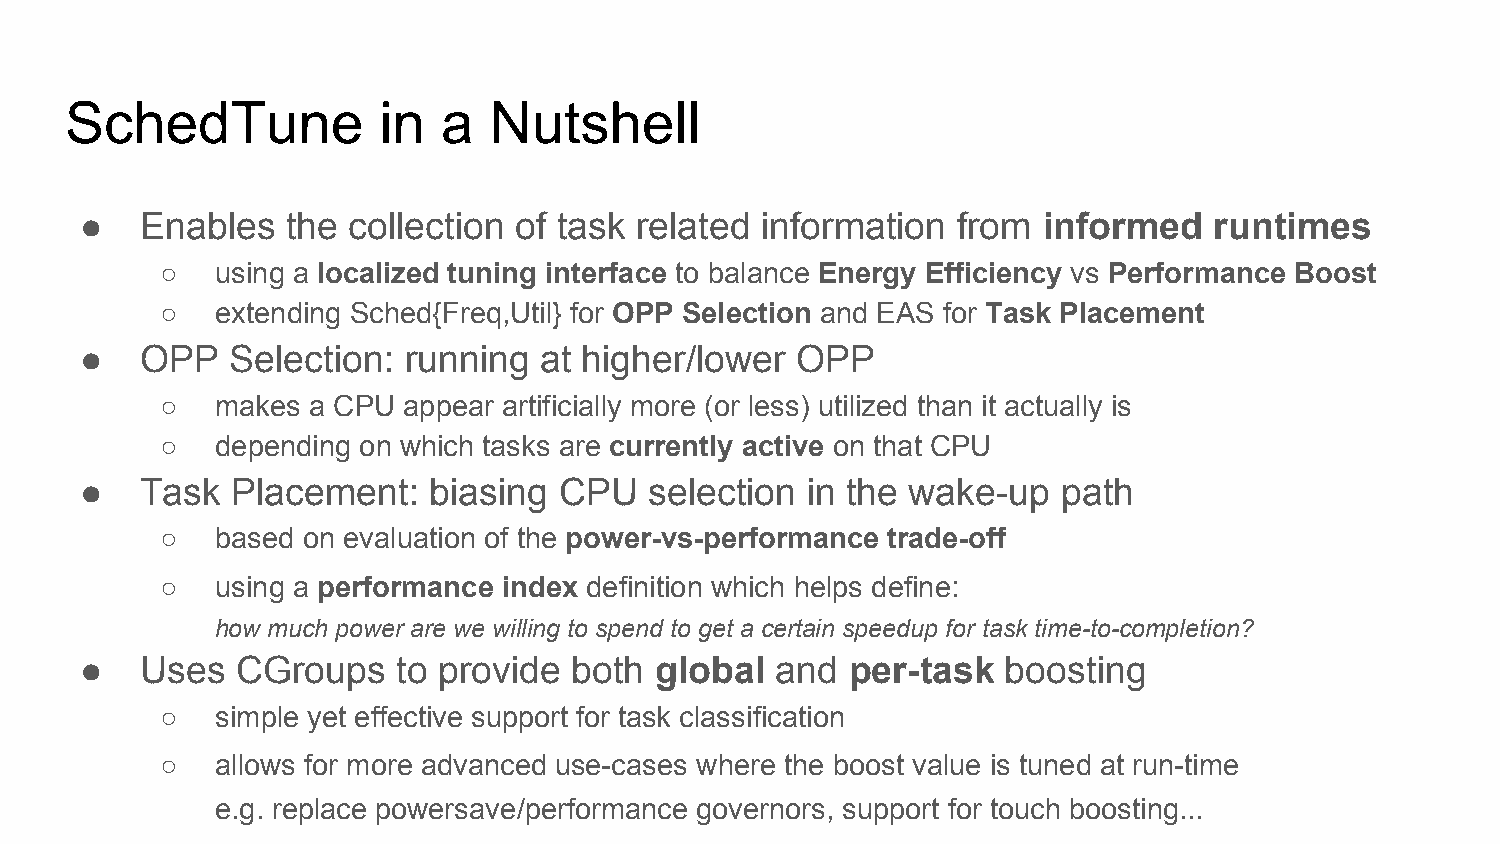
SchedTune            in  a  Nutshell
 ●   Enables   the collection of task related information  from  informed   runtimes
 ○  using a localized tuning interface to balance Energy Efficiency vs Performance Boost
 ○  extending Sched{Freq,Util} for OPP Selection and EAS for Task Placement
 ●   OPP   Selection:  running  at higher/lower  OPP
 ○  makes a CPU  appear artificially more (or less) utilized than it actually is
 ○  depending on which tasks are currently active on that CPU
 ●   Task  Placement:   biasing  CPU   selection in the wake-up   path
 ○  based on evaluation of the power-vs-performance trade-off
 ○  using a performance index definition which helps define:
 how much power are we willing to spend to get a certain speedup for task time-to-completion?
 ●   Uses   CGroups   to provide  both global  and  per-task   boosting
 ○  simple yet effective support for task classification
 ○  allows for more advanced use-cases where the boost value is tuned at run-time
 e.g. replace powersave/performance governors, support for touch boosting...